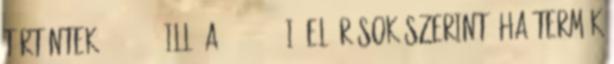
történtek 2005.1.28 ill. a 2006.2.20-i, előírások szerint. ha termék